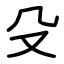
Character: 殳